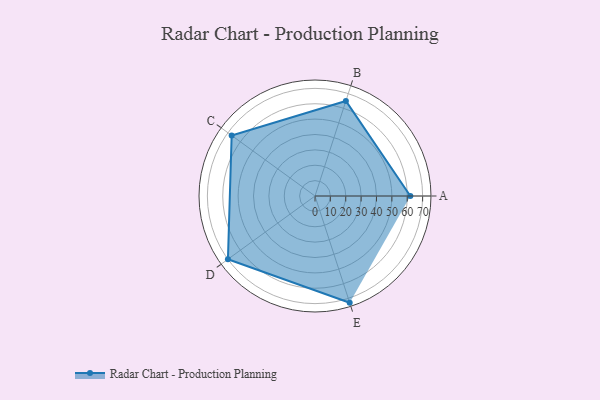
{"axis": {"x": "Skill", "y": "Score"}, "legend": ["Profile"], "data": [{"x": "A", "y": 62.0, "type": "Profile"}, {"x": "B", "y": 65.0, "type": "Profile"}, {"x": "C", "y": 67.0, "type": "Profile"}, {"x": "D", "y": 70.0, "type": "Profile"}, {"x": "E", "y": 73.0, "type": "Profile"}]}